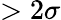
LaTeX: >2\sigma